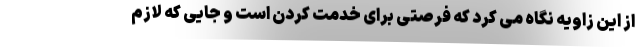
از این زاویه نگاه می کرد که فرصتی برای خدمت کردن است و جایی که لازم